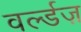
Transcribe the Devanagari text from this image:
वर्ल्डज़